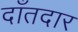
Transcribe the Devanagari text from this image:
दाँतदार